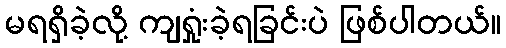
မရရှိခဲ့လို့ ကျရှုံးခဲ့ရခြင်းပဲ ဖြစ်ပါတယ်။